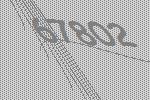
67802